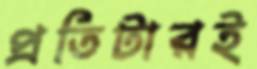
প্রতিটারই